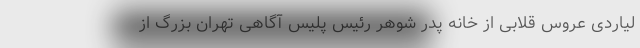
لیاردی عروس قلابی از خانه پدر شوهر رئیس پلیس آگاهی تهران بزرگ از